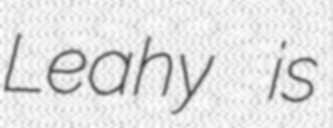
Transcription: Leahy is